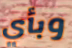
وبأي